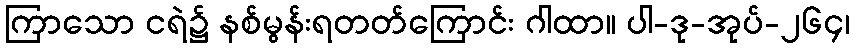
ကြာသော ငရဲ၌ နစ်မွန်းရတတ်ကြောင်း ဂါထာ။ ပါ-ဒု-အုပ်-၂၆၄၊